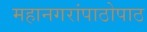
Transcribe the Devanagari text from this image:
महानगरांपाठोपाठ